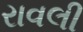
રાવલી